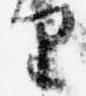
里